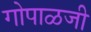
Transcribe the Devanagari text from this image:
गोपाळजी